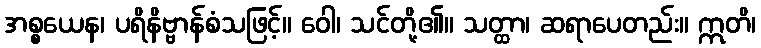
အစ္စယေန၊ ပရိနိဗ္ဗာန်စံသဖြင့်။ ဝေါ၊ သင်တို့၏။ သတ္ထာ၊ ဆရာပေတည်း။ ဣတိ၊